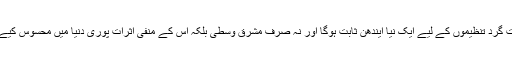
یہ اقدام دہشت گرد تنظیموں کے لیے ایک نیا ایندھن ثابت ہوگا اور نہ صرف مشرق وسطیٰ بلکہ اس کے منفی اثرات پوری دنیا میں محسوس کیے جائیں گے۔